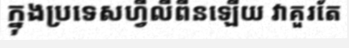
ក្នុងប្រទេសហ្វីលីពីនឡើយ វាគួរតែ